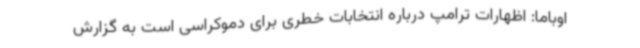
اوباما: اظهارات ترامپ درباره انتخابات خطری برای دموکراسی است به گزارش